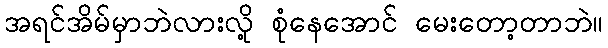
အရင်အိမ်မှာဘဲလားလို့ စုံနေအောင် မေးတော့တာဘဲ။